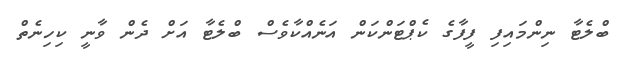
ބްލެޓާ ނިންމައިފި ފީފާގެ ކެޕްޓަންކަން އަނެއްކާވެސް ބްލެޓާ އަށް ދެން ވާނީ ކިހިނެތް